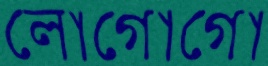
লোগোগো